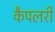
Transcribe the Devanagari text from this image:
कैपलरी